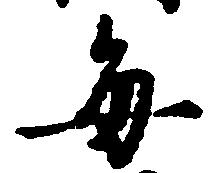
毎